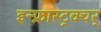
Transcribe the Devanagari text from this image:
इन्फ्रास्ट्रक्चर्